DOW-UAP-D35, Mission Report, Greece, October 2023
Agency: Department of War
Incident date: 10/29/23
Incident location: Aegean Sea
Page 4
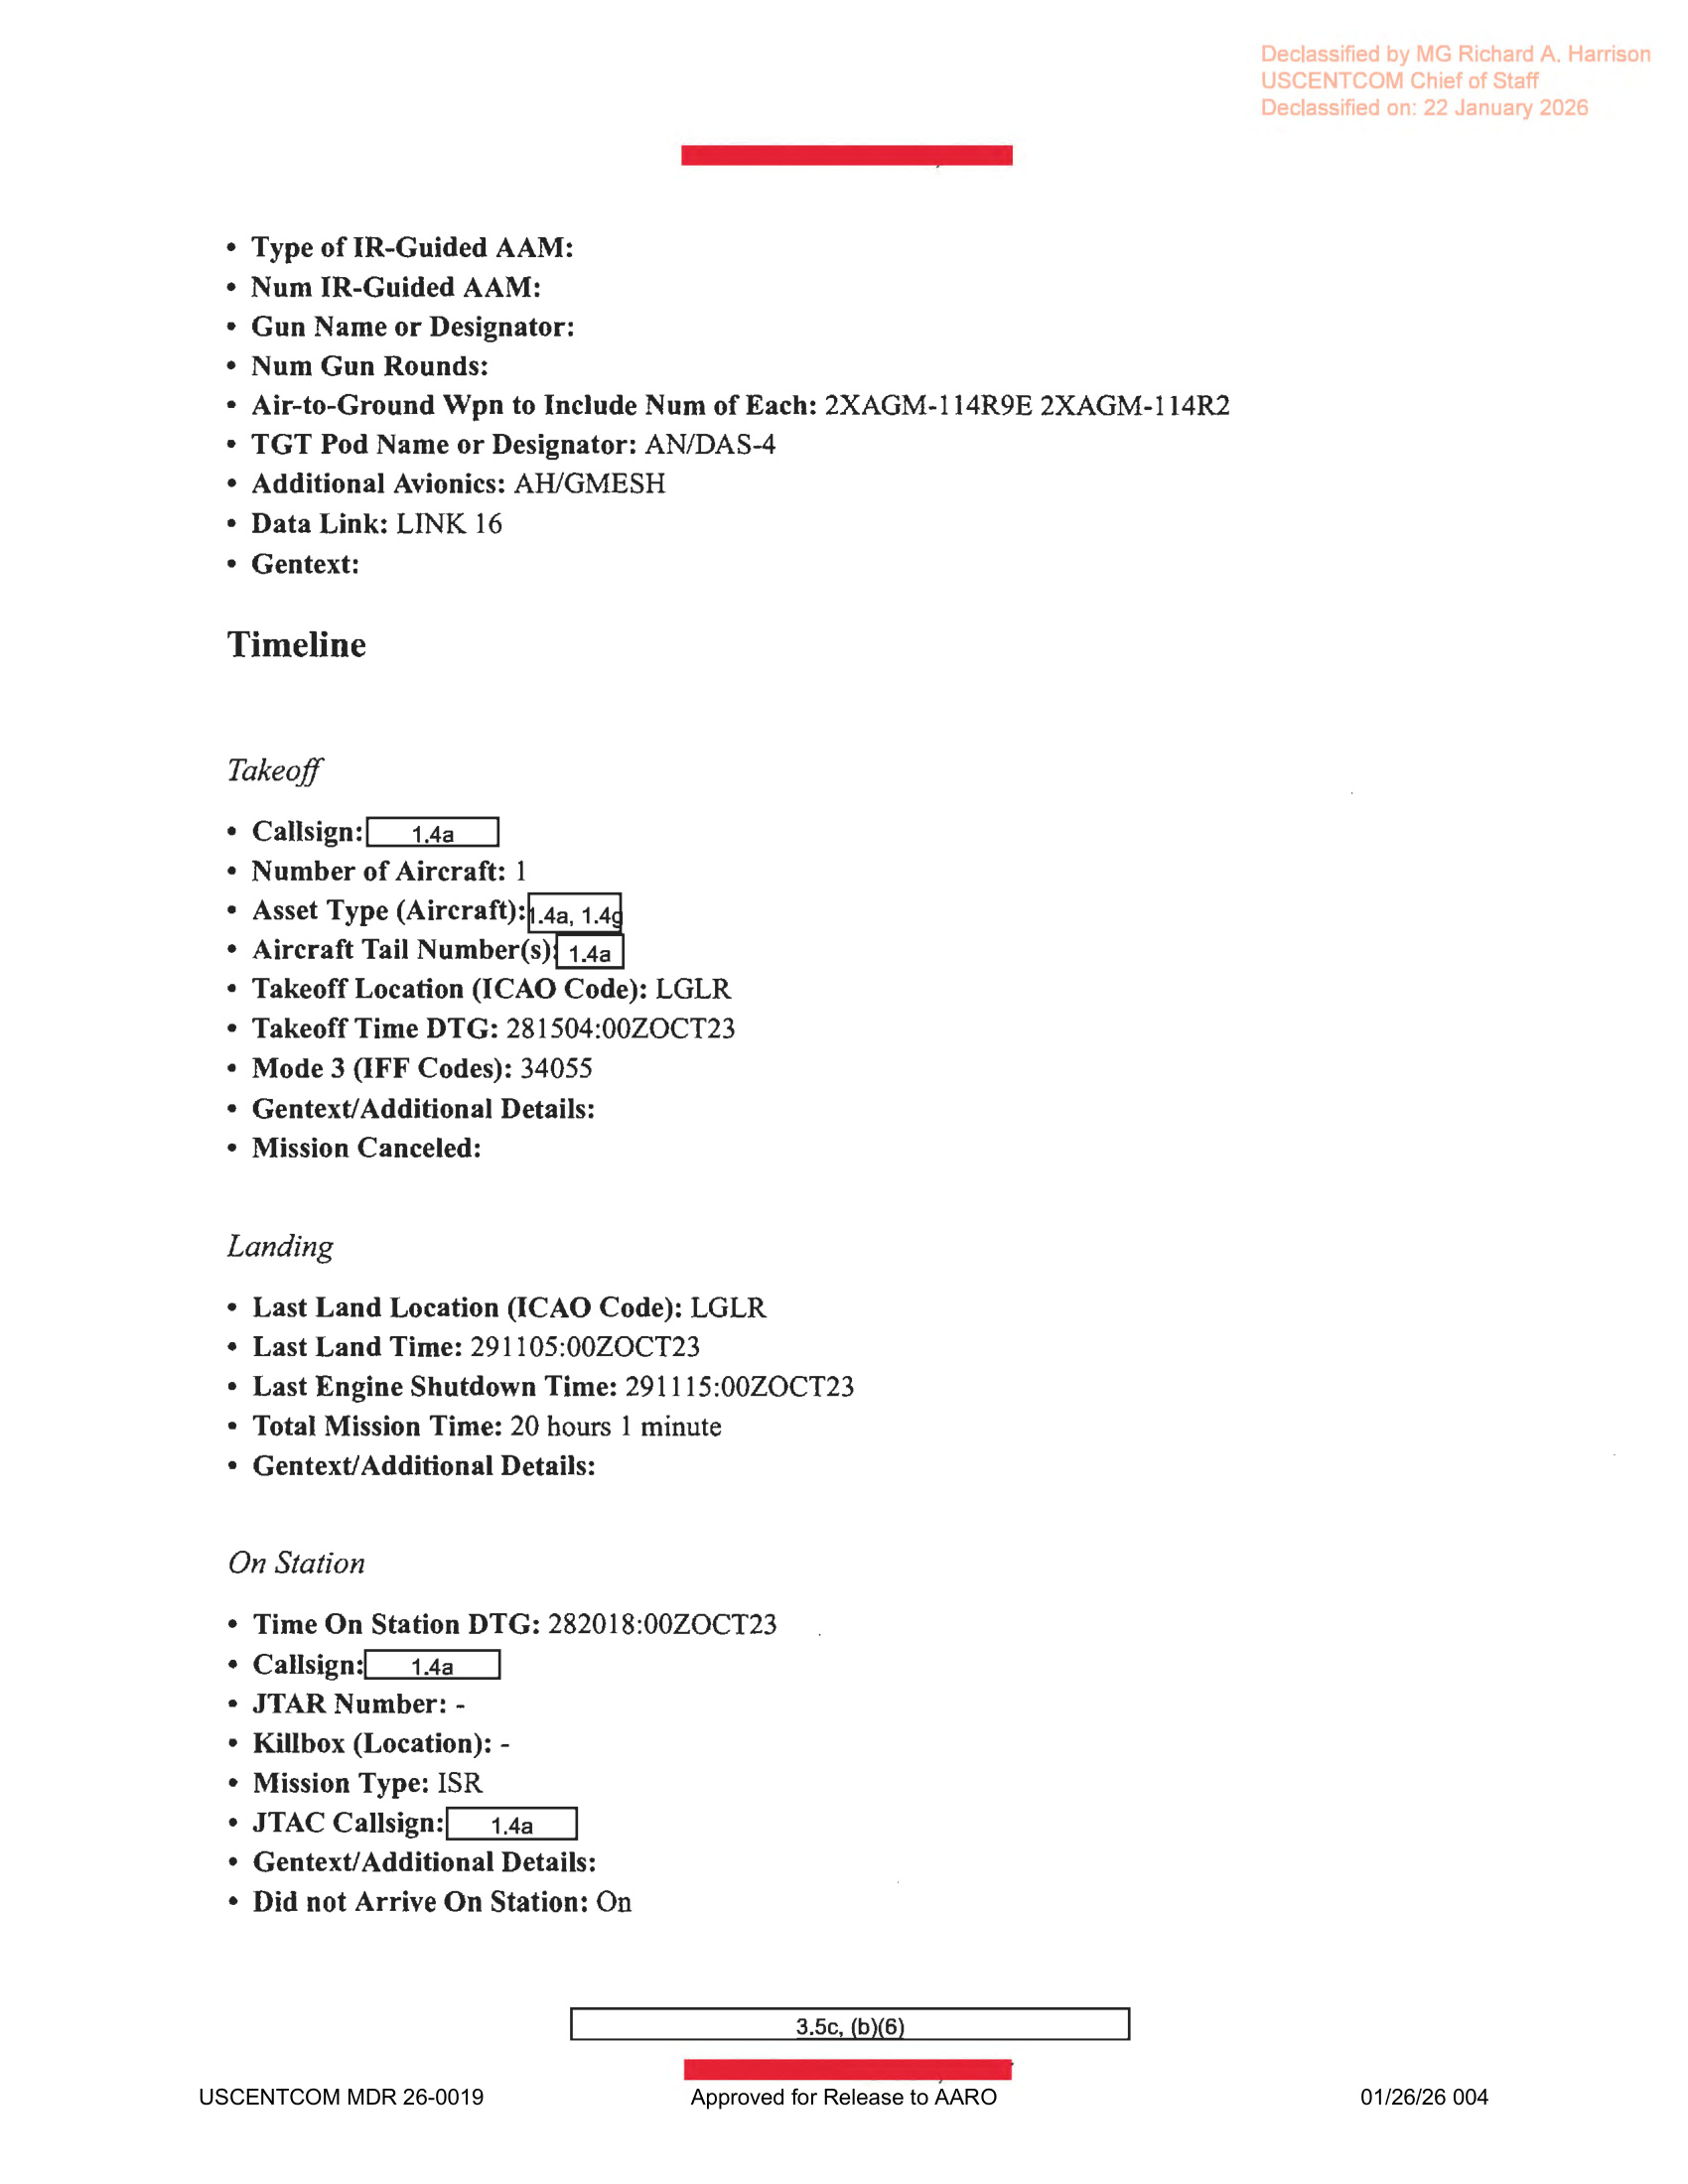